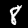
Label: 8